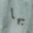
بها